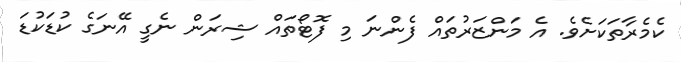
ކެމެރާތަކަށެވެ. އެ މަންޒަރުތައް ފެންނަ މި ފޮޓޯތައް ޝިރަން ނެގީ އޭނަގެ ކުޑަކުޑަ